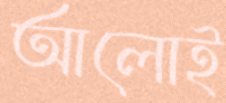
আলোই